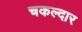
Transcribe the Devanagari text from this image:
चकल्दार